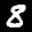
Label: 8